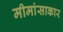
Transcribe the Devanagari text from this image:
मीमांसाकार